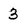
Character: 3